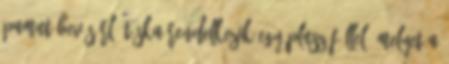
pamut bevásárló táska rendelkezik egy plusz füllel, melyet a